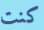
كنت